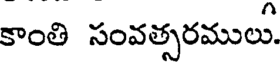
కాంతి సంవత్సరములు.